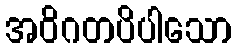
အဝိဂတပိပါသော